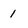
Character: 1